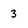
Character: 3